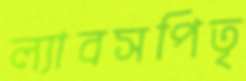
ল্যাবসপিতৃ